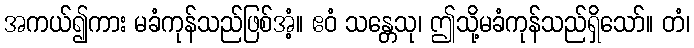
အကယ်၍ကား မခံကုန်သည်ဖြစ်အံ့။ ဧဝံ သန္တေသု၊ ဤသို့မခံကုန်သည်ရှိသော်။ တံ၊